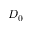
D _ { 0 }